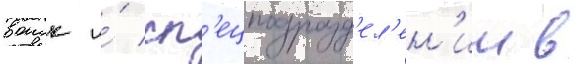
воиск и́ сп'ецподразд'ел'ен'ии в